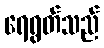
ရေရွတ်သည်